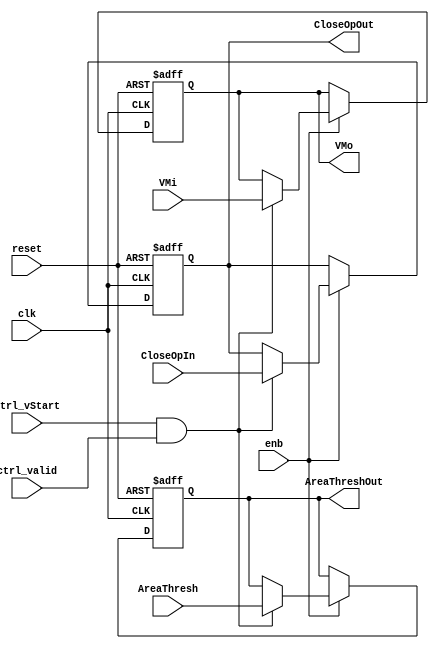
// -------------------------------------------------------------
// 
// 
// Generated by MATLAB 9.13 and HDL Coder 4.0
// 
// -------------------------------------------------------------


// -------------------------------------------------------------
// 
// Module: FrameBoundary
// Source Path: BlobAnalysisHDL/BlobDetector/FrameBoundary
// Hierarchy Level: 1
// 
// -------------------------------------------------------------

`timescale 1 ns / 1 ns

module FrameBoundary
          (clk,
           reset,
           enb,
           CloseOpIn,
           AreaThresh,
           VMi,
           ctrl_vStart,
           ctrl_valid,
           CloseOpOut,
           AreaThreshOut,
           VMo);


  input   clk;
  input   reset;
  input   enb;
  input   CloseOpIn;
  input   [31:0] AreaThresh;  // uint32
  input   [7:0] VMi;  // uint8
  input   ctrl_vStart;
  input   ctrl_valid;
  output  CloseOpOut;
  output  [31:0] AreaThreshOut;  // uint32
  output  [7:0] VMo;  // uint8


  wire vStart;
  wire valid;
  wire Logical_Operator_out1;
  reg  Delay_out1;
  wire Delay_ectrl;
  reg [31:0] Delay2_out1;  // uint32
  wire [31:0] Delay2_ectrl;  // uint32
  reg [7:0] Delay3_out1;  // uint8
  wire [7:0] Delay3_ectrl;  // uint8


  assign vStart = ctrl_vStart;

  assign valid = ctrl_valid;

  assign Logical_Operator_out1 = vStart & valid;



  assign Delay_ectrl = (Logical_Operator_out1 == 1'b0 ? Delay_out1 :
              CloseOpIn);



  always @(posedge clk or posedge reset)
    begin : Delay_lowered_process
      if (reset == 1'b1) begin
        Delay_out1 <= 1'b0;
      end
      else begin
        if (enb) begin
          Delay_out1 <= Delay_ectrl;
        end
      end
    end



  assign CloseOpOut = Delay_out1;

  assign Delay2_ectrl = (Logical_Operator_out1 == 1'b0 ? Delay2_out1 :
              AreaThresh);



  always @(posedge clk or posedge reset)
    begin : Delay2_lowered_process
      if (reset == 1'b1) begin
        Delay2_out1 <= 32'b00000000000000000000000000000000;
      end
      else begin
        if (enb) begin
          Delay2_out1 <= Delay2_ectrl;
        end
      end
    end



  assign AreaThreshOut = Delay2_out1;

  assign Delay3_ectrl = (Logical_Operator_out1 == 1'b0 ? Delay3_out1 :
              VMi);



  always @(posedge clk or posedge reset)
    begin : Delay3_lowered_process
      if (reset == 1'b1) begin
        Delay3_out1 <= 8'b00000000;
      end
      else begin
        if (enb) begin
          Delay3_out1 <= Delay3_ectrl;
        end
      end
    end



  assign VMo = Delay3_out1;

endmodule  // FrameBoundary